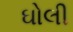
ઘોલી